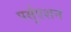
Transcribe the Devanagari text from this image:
पर्सुएशन